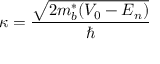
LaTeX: \kappa = { \frac { \sqrt { 2 m _ { b } ^ { * } ( V _ { 0 } - E _ { n } ) } } { \hbar } }